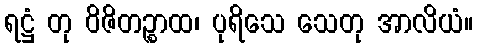
ရဋ္ဌံ တု ဝိဇိတဉ္စာထ၊ ပုရိသေ သေတု အာလိယံ။